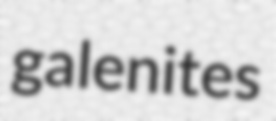
galenites